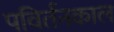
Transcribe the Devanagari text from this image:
पविर्तनकाल